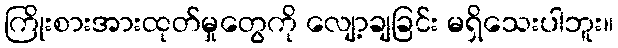
ကြိုးစားအားထုတ်မှုတွေကို လျော့ချခြင်း မရှိသေးပါဘူး။